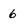
Character: 6